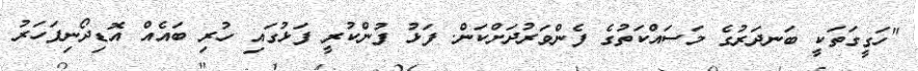
"ހަގީގަތަކީ ބަނދަރުގެ މަސައްކަތުގެ ފެންވަރުދަށްކަން. ފަޅު ފުންކުރީ ފަޅުގައި ހުރި ބައެއް އޮޑިދޯނިފަހަރު